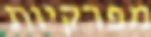
מפרקיות